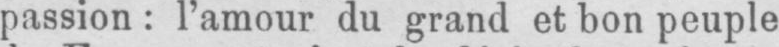
passion: l’amour du grand et bon peuple